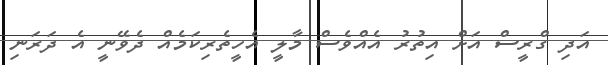
އަދި ގްރީސް އަށް އިތުރު އެއްވެސް މާލީ އެހީތެރިކަމެއް ދެވޭނީ އެ ދަރަނި